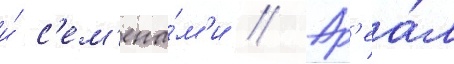
и́ с'ем'ена́м'и // Ар'еа́л